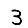
Digit: 3